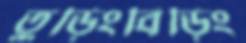
তুড়িংবিড়িং